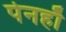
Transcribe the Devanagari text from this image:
पेनहाँ